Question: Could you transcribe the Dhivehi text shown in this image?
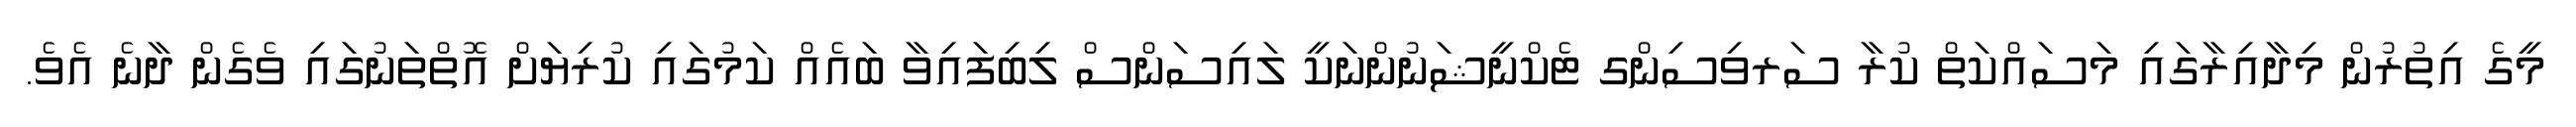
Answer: މީގެ އިތުރުން މިދާއިރާގައި މަސައްކަތް ކުރާ ސަރވިސިންގ ޓެކްނީޝަނުންނަކީ ލައިސަންސް ލިބިފައިވާ ބައެއް ކަމުގައި ކުރިޔަށް އޮތްތަނުގައި ވެގެން ދާނެ އެވެ.